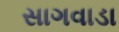
સાગવાડા